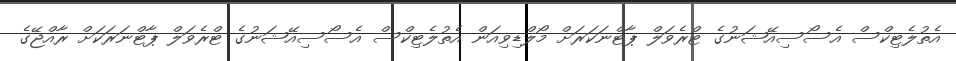
އެތުލެޓިކްސް އެސޯސިއޭޝަނުގެ ޓްރެވަލް ޕާޓްނަކަރަށް މޯލްޑިވިއަން އެތުލެޓިކްސް އެސޯސިއޭޝަނުގެ ޓްރެވަލް ޕާޓްނަރަކަށް ރާއްޖޭގެ